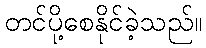
တင်ပို့စေနိုင်ခဲ့သည်။